Proceedings of the meeting of veterinary officers in India
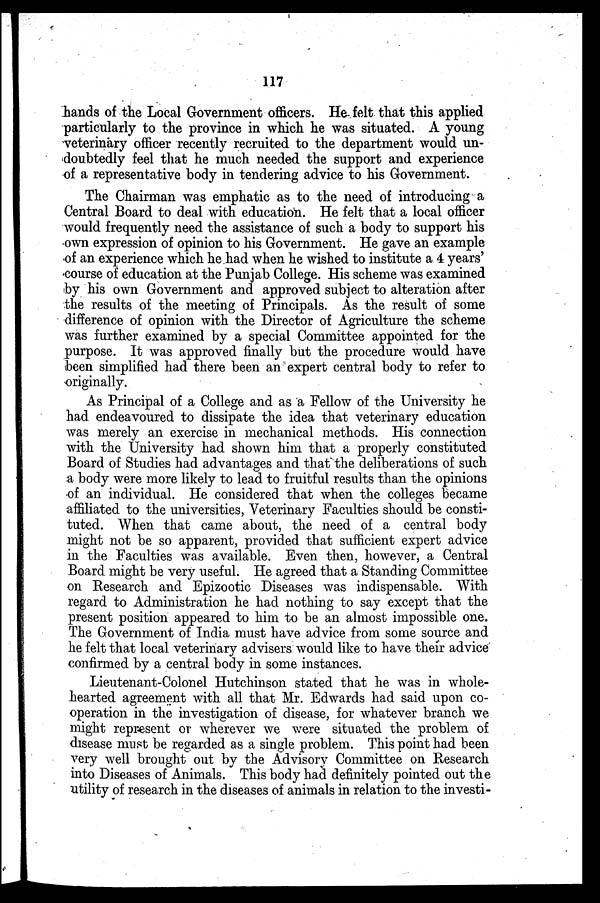
117
hands of the Local Government officers. He felt that this applied
particularly to the province in which he was situated. A young
veterinary officer recently recruited to the department would un-
doubtedly feel that he much needed the support and experience
of a representative body in tendering advice to his Government.
The Chairman was emphatic as to the need of introducing a
Central Board to deal with education. He felt that a local officer
would frequently need the assistance of such a body to support his
own expression of opinion to his Government. He gave an example
of an experience which he had when he wished to institute a 4 years'
course of education at the Punjab College. His scheme was examined
by his own Government and approved subject to alteration after
the results of the meeting of Principals. As the result of some
difference of opinion with the Director of Agriculture the scheme
was further examined by a special Committee appointed for the
purpose. It was approved finally but the procedure would have
been simplified had there been an expert central body to refer to
originally.
As Principal of a College and as a Fellow of the University he
had endeavoured to dissipate the idea that veterinary education
was merely an exercise in mechanical methods. His connection
with the University had shown him that a properly constituted
Board of Studies had advantages and that the deliberations of such
a body were more likely to lead to fruitful results than the opinions
of an individual. He considered that when the colleges became
affiliated to the universities, Veterinary Faculties should be consti-
tuted. When that came about, the need of a central body
might not be so apparent, provided that sufficient expert advice
in the Faculties was available. Even then, however, a Central
Board might be very useful. He agreed that a Standing Committee
on Research and Epizootic Diseases was indispensable. With
regard to Administration he had nothing to say except that the
present position appeared to him to be an almost impossible one.
The Government of India must have advice from some source and
he felt that local veterinary advisers would like to have their advice
confirmed by a central body in some instances.
Lieutenant-Colonel Hutchinson stated that he was in whole-
hearted agreement with all that Mr. Edwards had said upon co-
operation in the investigation of disease, for whatever branch we
might represent or wherever we were situated the problem of
disease must be regarded as a single problem. This point had been
very well brought out by the Advisory Committee on Research
into Diseases of Animals. This body had definitely pointed out the
utility of research in the diseases of animals in relation to the investi-